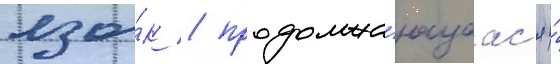
язы́к / продолжа́ющаас'я и́